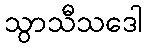
သွာသီသဒေါ